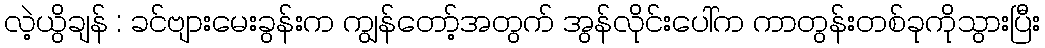
လဲ့ယွိချန် : ခင်ဗျားမေးခွန်းက ကျွန်တော့်အတွက် အွန်လိုင်းပေါ်က ကာတွန်းတစ်ခုကိုသွားပြီး